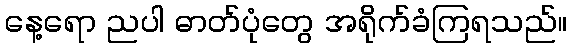
နေ့ရော ညပါ ဓာတ်ပုံတွေ အရိုက်ခံကြရသည်။